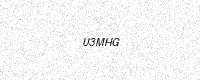
Text: U3MHG